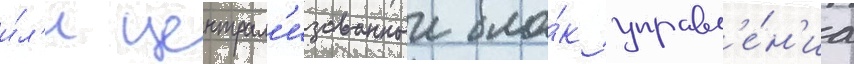
и́л'и централ'изованныи бло́к управл'е́н'иа